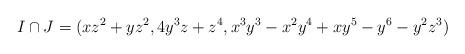
LaTeX: \begin{align*} I \cap J = (xz^2+yz^2,4y^3z+z^4,x^3y^3-x^2y^4+xy^5-y^6-y^2z^3)\end{align*}